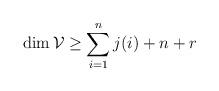
LaTeX: \begin{align*}\dim{\mathcal V}\ge\sum_{i=1}^nj(i)+n+r\end{align*}